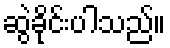
ဆွဲခိုင်းပါသည်။